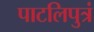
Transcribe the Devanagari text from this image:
पाटलिपुत्रं